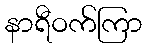
နာရီဝက်ကြာ